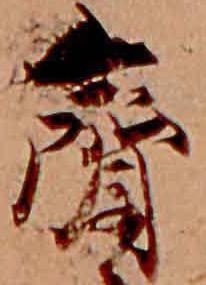
斎